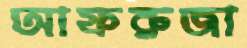
আফরুজা